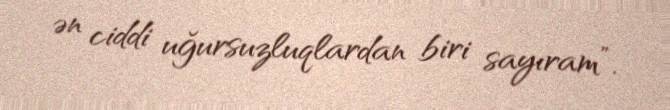
ən ciddi uğursuzluqlardan biri sayıram”.